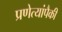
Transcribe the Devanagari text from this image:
प्रणेत्यांपैकी